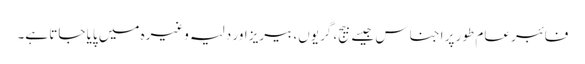
فائبر عام طور پر اجناس جیسے بیج، گریوں، بیریز اور دلیہ وغیرہ میں پایا جاتا ہے۔